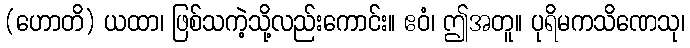
(ဟောတိ) ယထာ၊ ဖြစ်သကဲ့သို့လည်းကောင်း။ ဧဝံ၊ ဤအတူ။ ပုရိမကသိဏေသု၊